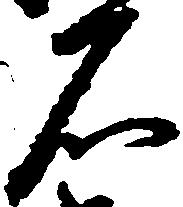
石